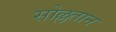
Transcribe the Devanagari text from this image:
सोल्लतान